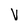
Character: v